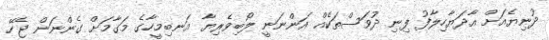
ދުނިޔެއަށް އާދަޔާހިލާފު ފިނި ދުވަސްތަކެއް އަންނަނީ ލޯބިވެރިޔާ އަނބިމީހާގެ މަގާމަށް ގެންނަން ޖެހޭ